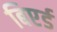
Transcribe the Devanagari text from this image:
बिएर्ड